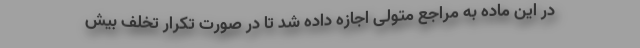
در این ماده به مراجع متولی اجازه داده شد تا در صورت تکرار تخلف بیش